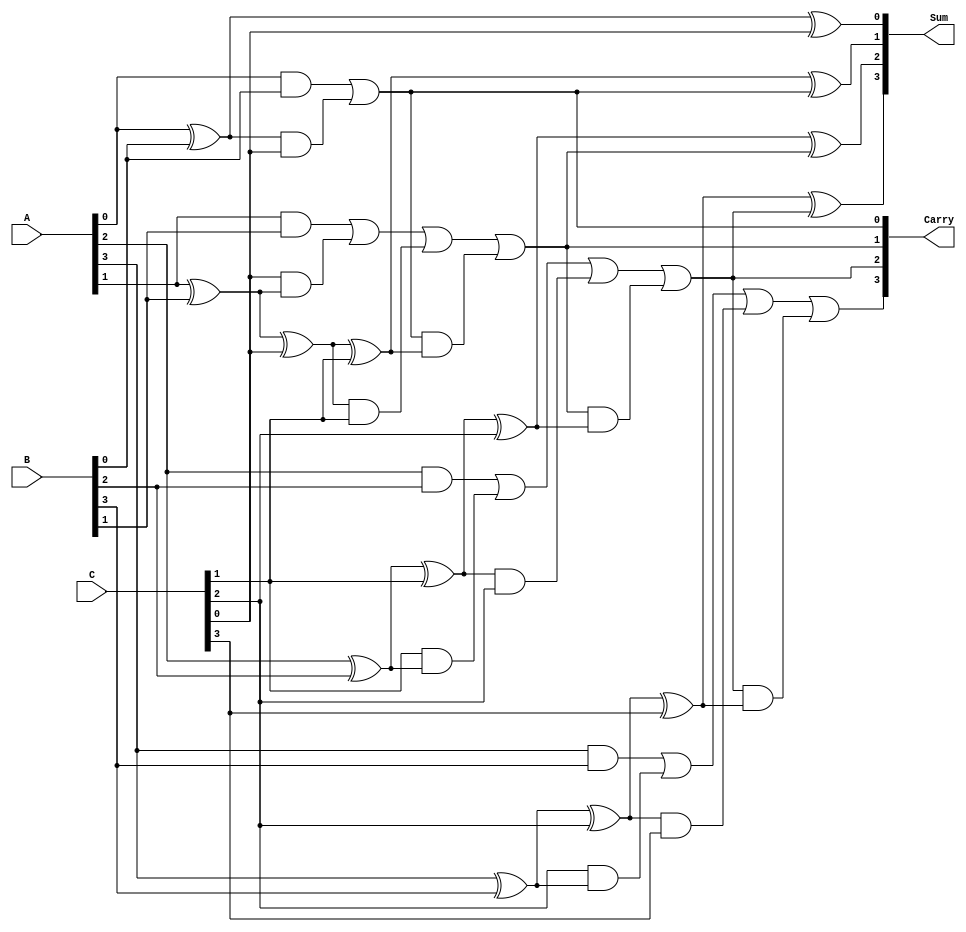
module ModifiedCarrySaveAdder (
    input  wire [n-1:0] A,  // First operand
    input  wire [n-1:0] B,  // Second operand
    input  wire [n-1:0] C,  // Third operand
    output wire [n-1:0] Sum, // Final sum output
    output wire [n-1:0] Carry // Final carry output
);
    parameter n = 4; // You can change this value to increase the bit-width

    // Intermediate wires to hold the partial sums and carries
    wire [n-1:0] S1, S2; // Partial sums
    wire [n-1:0] C1, C2; // Partial carries

    // Generate partial sums and carries using half and full adders
    genvar i;
    generate
        for (i = 0; i < n; i = i + 1) begin : adder_stage
            if (i == 0) begin
                // For the least significant bit (LSB), use half adders
                assign S1[i] = A[i] ^ B[i];
                assign C1[i] = A[i] & B[i];
            end else begin
                // For the other bits, use full adders
                assign S1[i] = A[i] ^ B[i] ^ C[i-1];
                assign C1[i] = (A[i] & B[i]) | (C[i-1] & (A[i] ^ B[i]));
            end
        end
    endgenerate

    // Generate final carry and sum
    generate
        for (i = 0; i < n; i = i + 1) begin : final_stage
            if (i == 0) begin
                // For the least significant bit, no carry from previous stage
                assign Sum[i] = S1[i] ^ C[i];
                assign Carry[i] = C1[i] | (S1[i] & C[i]);
            end else begin
                // For other bits, sum and carry from previous bits
                assign Sum[i] = S1[i] ^ C[i] ^ Carry[i-1];
                assign Carry[i] = C1[i] | (S1[i] & C[i]) | (Carry[i-1] & (S1[i] ^ C[i]));
            end
        end
    endgenerate

endmodule